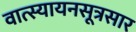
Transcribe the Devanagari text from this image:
वात्स्यायनसूत्रसार